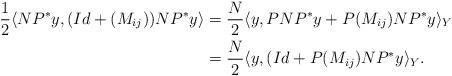
LaTeX: \begin{align*} \frac{1}{2} \langle NP^* y , (Id +(M_{ij}))NP^* y \rangle &= \frac{N}{2} \langle y , PNP^* y + P(M_{ij}) NP^ * y \rangle_Y \\& = \frac{N}{2} \langle y , (Id + P(M_{ij})NP^* y \rangle_Y.\end{align*}